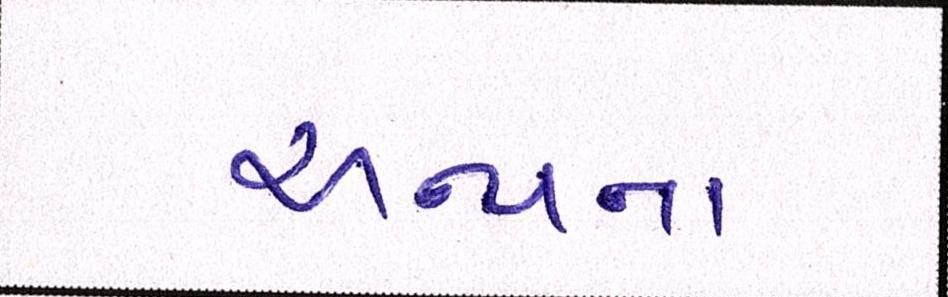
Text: અન્યના